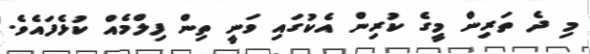
މި ދެ ތަރިން މީގެ ކުރިން އެކުގައި ވަނީ ތިން ފިލްމެއް ކުޅެފައެވެ.